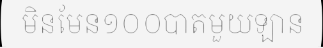
មិនមែន១០០បាតមួយឡាន